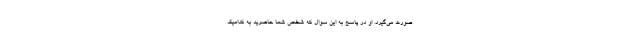
صورت مي‌‌گيرد. او در پاسخ به این سوال که شخص شما حاضرید به کدامیک